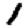
Digit: 1